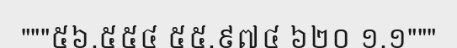
"""៥៦,៥៥៤ ៥៥,៩៧៤ ៦២០ ១.១"""